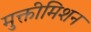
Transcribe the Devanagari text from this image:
मुक्तीमिशन